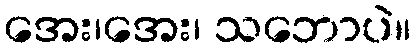
အေး၊အေး၊ သဘောပဲ။